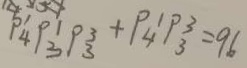
P _ { 4 } ^ { 1 } P _ { 3 } ^ { 1 } P _ { 3 } ^ { 3 } + P _ { 4 } ^ { 1 } P _ { 3 } ^ { 3 } = 9 6